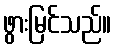
ဖွားမြင်သည်။